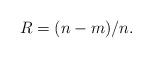
LaTeX: \begin{align*}R=(n-m)/n.\end{align*}